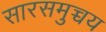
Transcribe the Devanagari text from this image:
सारसमुच्चय